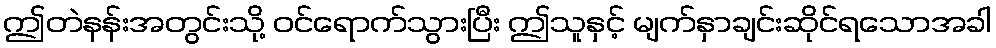
ဤတဲနန်းအတွင်းသို့ ဝင်ရောက်သွားပြီး ဤသူနှင့် မျက်နှာချင်းဆိုင်ရသောအခါ